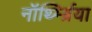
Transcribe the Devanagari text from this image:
नॉर्थ्म्ब्रिया